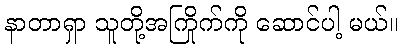
နာတာရှာ သူတို့အကြိုက်ကို ဆောင်ပါ့ မယ်။